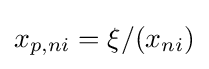
x_{p,ni}=\xi /(x_{ni})